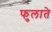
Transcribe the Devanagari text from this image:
फुलाते